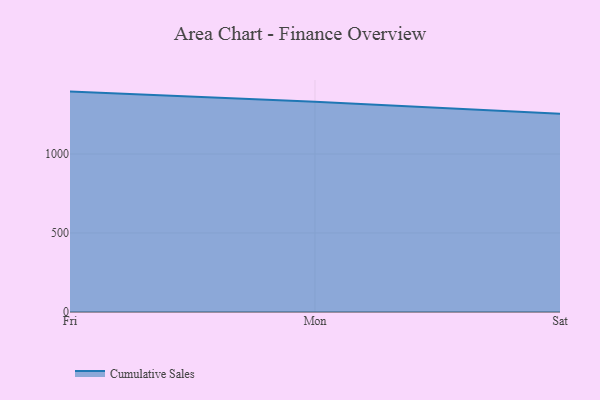
{"axis": {"x": "Day", "y": "Backlog"}, "legend": ["Cumulative Sales"], "data": [{"x": "Fri", "y": 1395.2, "type": "Cumulative Sales"}, {"x": "Mon", "y": 1331.4, "type": "Cumulative Sales"}, {"x": "Sat", "y": 1254.2, "type": "Cumulative Sales"}]}